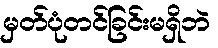
မှတ်ပုံတင်ခြင်းမရှိဘဲ